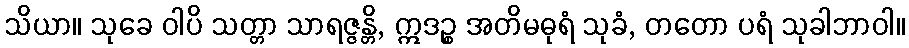
သိယာ။ သုခေ ဝါပိ သတ္တာ သာရဇ္ဇန္တိ, ဣဒဉ္စ အတိမဓုရံ သုခံ, တတော ပရံ သုခါဘာဝါ။